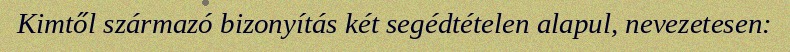
Kimtől származó bizonyítás két segédtételen alapul, nevezetesen: